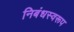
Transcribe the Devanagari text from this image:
निबंधस्वरूप